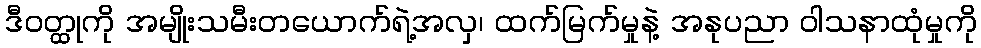
ဒီဝတ္ထုကို အမျိုးသမီးတယောက်ရဲ့အလှ၊ ထက်မြက်မှုနဲ့ အနုပညာ ဝါသနာထုံမှုကို